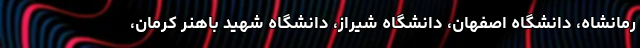
رمانشاه، دانشگاه اصفهان، دانشگاه شیراز، دانشگاه شهید باهنر کرمان،